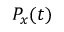
P _ { x } ( t )